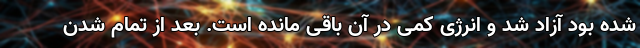
شده بود آزاد شد و انرژی کمی در آن باقی مانده است. بعد از تمام شدن